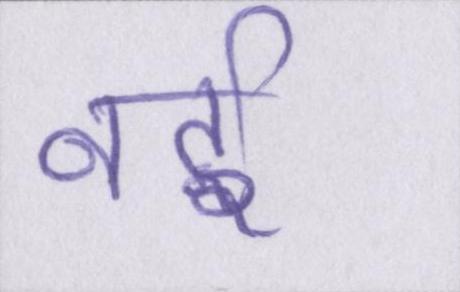
नई